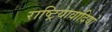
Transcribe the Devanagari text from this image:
राष्ट्रियावादियो